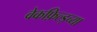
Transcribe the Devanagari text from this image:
वेकफ़िल्ड्च्या